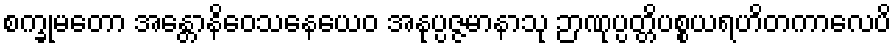
စက္ခုမတော အန္တောနိဝေသနေယေဝ အနုပ္ပဇ္ဇမာနာသု ဉာဏုပ္ပတ္တိပစ္စယရဟိတကာလေပိ